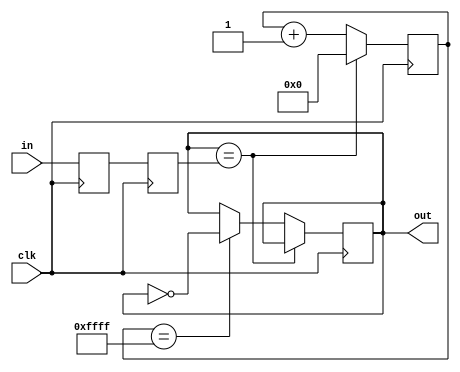
//                              -*- Mode: Verilog -*-
// Description     : a simple switch debouncer
//
// This code was patterned after
// https://www.eecs.umich.edu/courses/eecs270/270lab/270_docs/debounce.html
//
// with help from the class notes
//
module Debouncer(clk, in, out);
   input      clk;
   input      in;
   output     out;

   reg        out;
   reg        gate_0;
   reg        gate_1;

   always @(posedge clk) begin
      gate_0 <= in;
   end

   always @(posedge clk) begin
      gate_1 <= gate_0;
   end

   reg [15:0] cnt;

   always @(posedge clk) begin
     if(out == gate_1)
       cnt <= 0;
     else
       begin
          cnt <= cnt + 1'b1;
          if(cnt == 16'hffff) out <= ~out;
       end
   end
endmodule // Debouncer